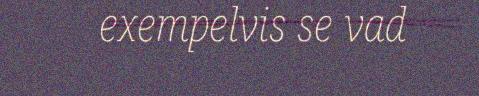
exempelvis se vad